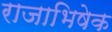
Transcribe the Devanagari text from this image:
राजाभिषेक